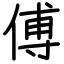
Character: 傅